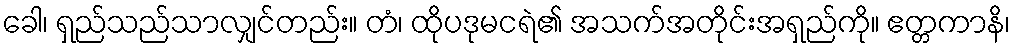
ခေါ၊ ရှည်သည်သာလျှင်တည်း။ တံ၊ ထိုပဒုမငရဲ၏ အသက်အတိုင်းအရှည်ကို။ ဧတ္တကာနိ၊